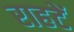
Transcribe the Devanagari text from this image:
राहटें